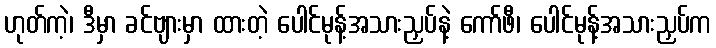
ဟုတ်ကဲ့၊ ဒီမှာ ခင်ဗျားမှာ ထားတဲ့ ပေါင်မုန့်အသားညှပ်နဲ့ ကော်ဖီ၊ ပေါင်မုန့်အသားညှပ်က